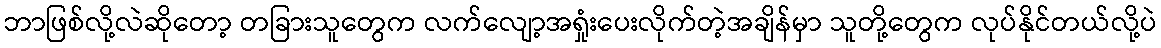
ဘာဖြစ်လို့လဲဆိုတော့ တခြားသူတွေက လက်လျော့အရှုံးပေးလိုက်တဲ့အချိန်မှာ သူတို့တွေက လုပ်နိုင်တယ်လို့ပဲ